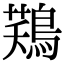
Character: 𪁾